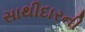
સાથીદારની